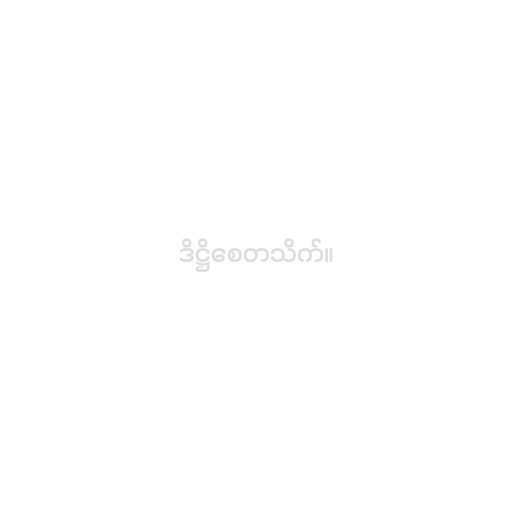
ဒိဋ္ဌိစေတသိက်။